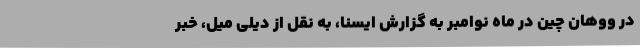
در ووهان چین در ماه نوامبر به گزارش ایسنا، به نقل از دیلی میل، خبر